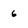
Character: 6